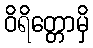
ဝိရိတ္တောမှိ